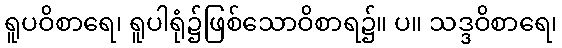
ရူပဝိစာရေ၊ ရူပါရုံ၌ဖြစ်သောဝိစာရ၌။ ပ။ သဒ္ဒဝိစာရေ၊